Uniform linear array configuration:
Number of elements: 16
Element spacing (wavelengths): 0.75
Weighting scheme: hann
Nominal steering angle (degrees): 45
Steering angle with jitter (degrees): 44.066
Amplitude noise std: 0.05
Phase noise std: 0.05

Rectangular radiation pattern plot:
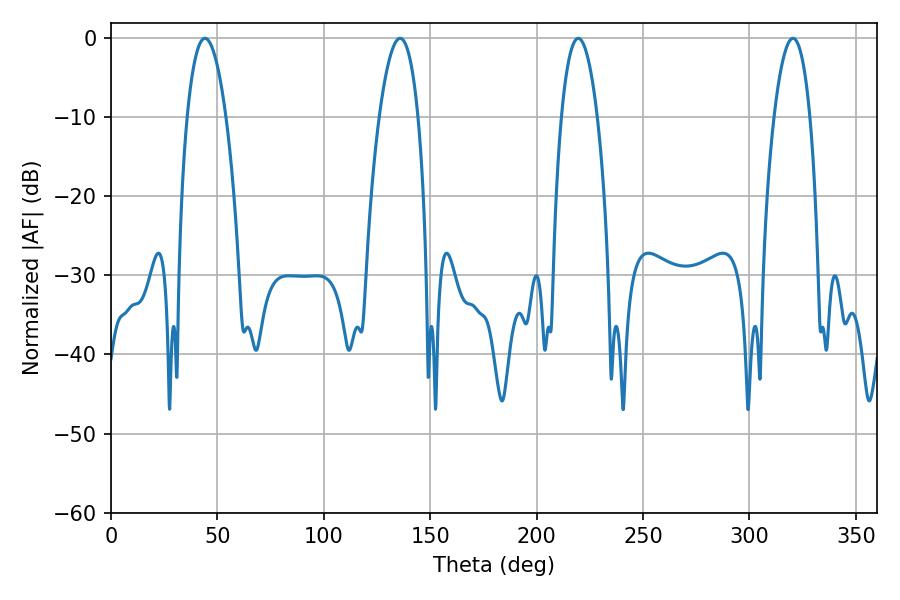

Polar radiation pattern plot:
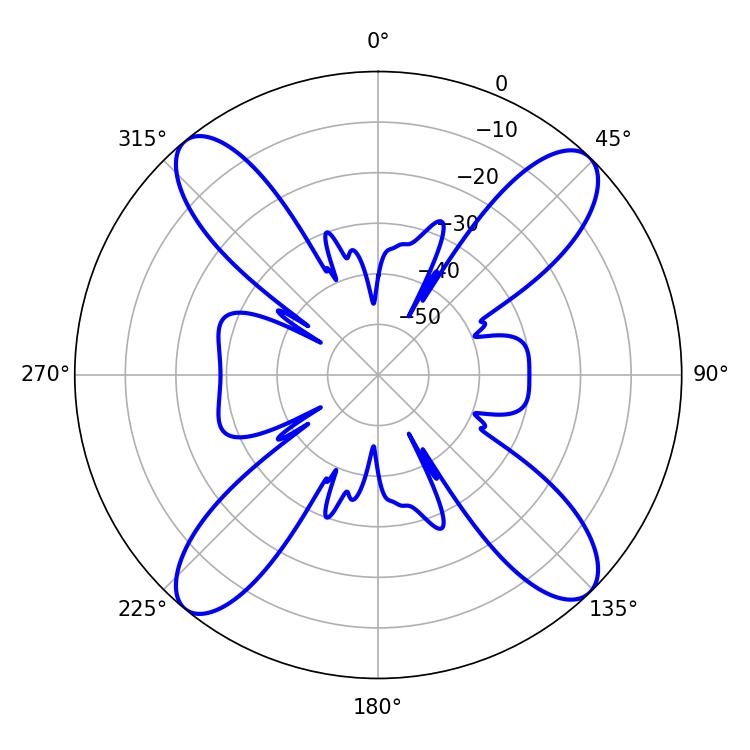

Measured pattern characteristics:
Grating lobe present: TRUE
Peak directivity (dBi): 16.992
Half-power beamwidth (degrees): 10.26
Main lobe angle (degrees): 44.1